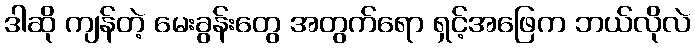
ဒါဆို ကျန်တဲ့ မေးခွန်းတွေ အတွက်ရော ရှင့်အဖြေက ဘယ်လိုလဲ